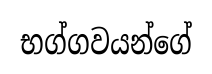
භග්ගවයන්ගේ